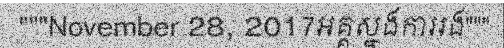
"""November 28, 2017អគ្គស្នងការរង"""